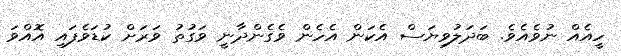
ހީއެއް ނުވެއެވެ. ބަދަލުވިޔަސް އެކަން އެހެން ވެގެންދާނީ ވަގުތު ވަރަށް ކުޑަވެފައި އޮއްވަ